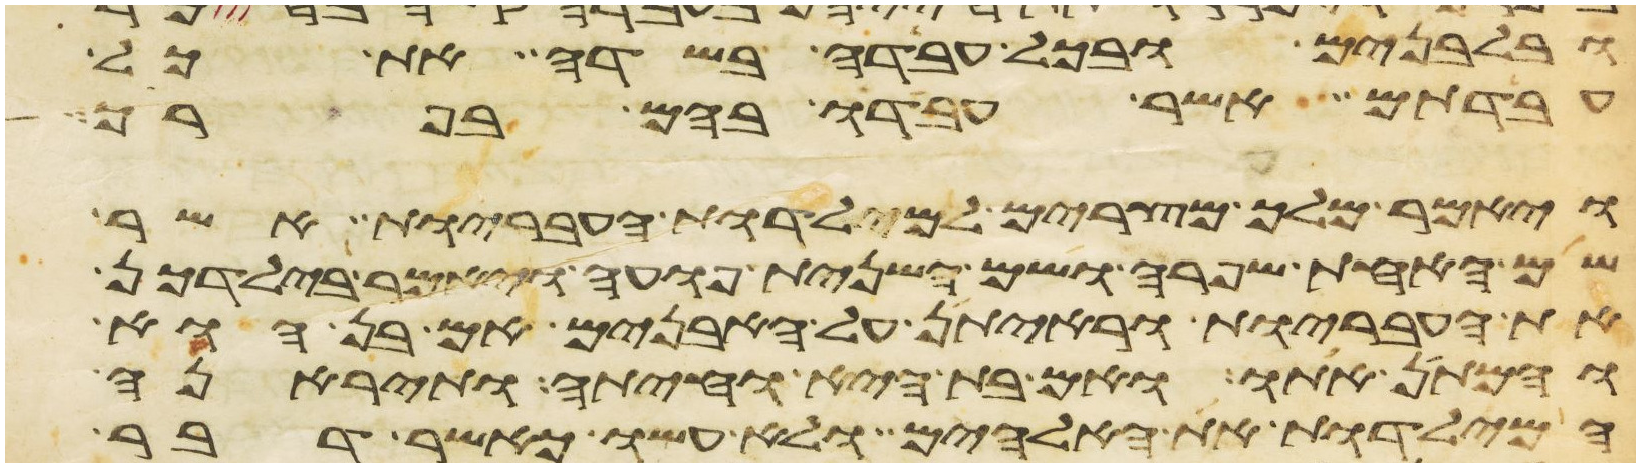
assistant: ובלבנים ובכל עבדה בשדה את כל
עבדתם אשר עבדו בהם בפרך
ויאמר מלך מצרים למילדות העבריות אשר
שם האחת שפרה ושם השנית פועה ויאמר בילדכן
את העבריות וראיתן על האבנים אם בן הוא
והמתן אתו ואם בת היא וחיתה ותיראנה
המילדות את האלהים ולא עשו כאשר דבר